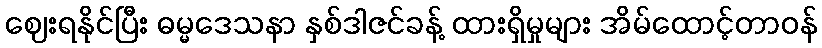
ဈေးရနိုင်ပြီး ဓမ္မဒေသနာ နှစ်ဒါဇင်ခန့် ထားရှိမှုများ အိမ်ထောင့်တာဝန်